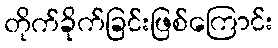
တိုက်ခိုက်ခြင်းဖြစ်ကြောင်း